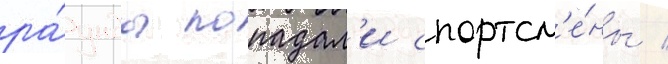
ра́унды попадал'и спортсм'е́ны /